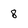
Character: 8